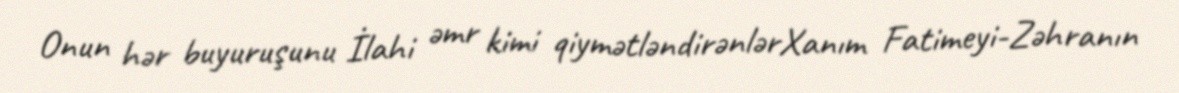
Onun hər buyuruşunu İlahi əmr kimi qiymətləndirənlərXanım Fatimeyi-Zəhranın